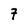
Character: 7